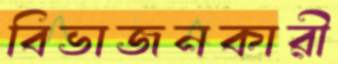
বিভাজনকারী